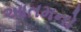
આતમનો